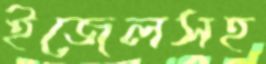
ইজেলসহ